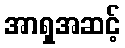
အာရှအဆင့်